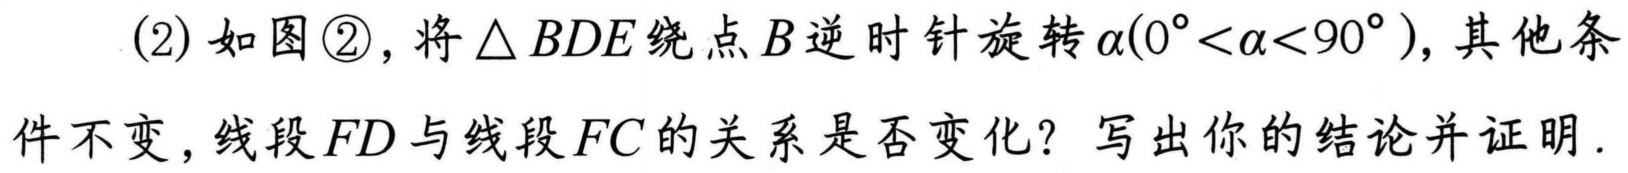
(2)如图\textcircled{2}，将\(\triangle BDE\)绕点\(B\)逆时针旋转\(\alpha(0^{\circ}<\alpha<90^{\circ})\)，其他条
件不变，线段\(FD\)与线段\(FC\)的关系是否变化？写出你的结论并证明.